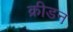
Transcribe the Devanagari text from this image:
क्रीडन